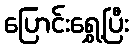
ပြောင်းရွှေ့ပြီး